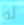
له